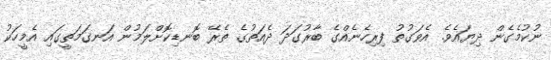
ނުކުމެގެން ދިޔައެވެ. އެވަގުތު ފިރިހެނެއްގެ ބާރުގަދަ ދެއަތުގެ ތެރޭ ބޮނޑިކޮށްލަމުން އަނގަމަތީގައި އެމީހަކު